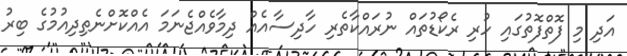
އަދި މި ފޮތްފޮތުގައި ހުރި ރެކޯޑުތައް ނުރައްކާތެރި ހާދިސާއެއް ދިމާވެއްޖެނަމަ އެއްކޮށްނެތިދިއުމުގެ ބިރު